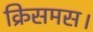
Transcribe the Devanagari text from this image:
क्रिसमस।